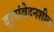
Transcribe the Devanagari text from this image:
दूरसंवेदनशील